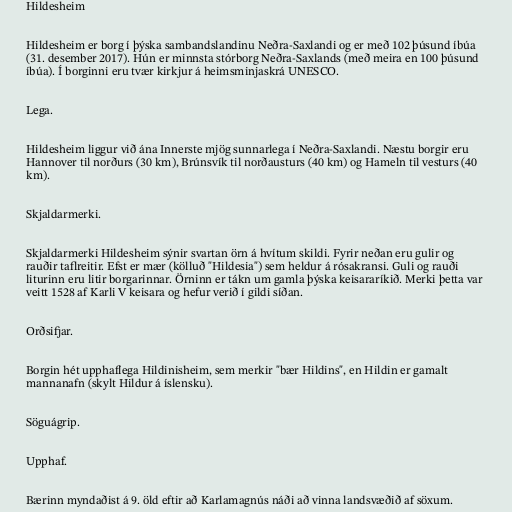
Hildesheim

Hildesheim er borg í þýska sambandslandinu Neðra-Saxlandi og er með 102 þúsund íbúa
(31. desember 2017). Hún er minnsta stórborg Neðra-Saxlands (með meira en 100 þúsund
íbúa). Í borginni eru tvær kirkjur á heimsminjaskrá UNESCO.

Lega.

Hildesheim liggur við ána Innerste mjög sunnarlega í Neðra-Saxlandi. Næstu borgir eru
Hannover til norðurs (30 km), Brúnsvík til norðausturs (40 km) og Hameln til vesturs (40
km).

Skjaldarmerki.

Skjaldarmerki Hildesheim sýnir svartan örn á hvítum skildi. Fyrir neðan eru gulir og
rauðir taflreitir. Efst er mær (kölluð "Hildesia") sem heldur á rósakransi. Guli og rauði
liturinn eru litir borgarinnar. Örninn er tákn um gamla þýska keisararíkið. Merki þetta var
veitt 1528 af Karli V keisara og hefur verið í gildi síðan.

Orðsifjar.

Borgin hét upphaflega Hildinisheim, sem merkir "bær Hildins", en Hildin er gamalt
mannanafn (skylt Hildur á íslensku).

Söguágrip.

Upphaf.

Bærinn myndaðist á 9. öld eftir að Karlamagnús náði að vinna landsvæðið af söxum.